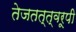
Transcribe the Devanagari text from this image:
तेजतत्त्वरूपी